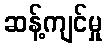
ဆန့်ကျင်မှု